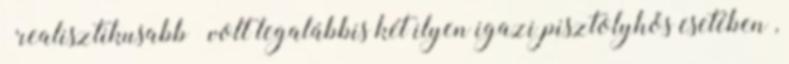
“realisztikusabb” volt legalábbis két ilyen igazi pisztolyhős esetében ,